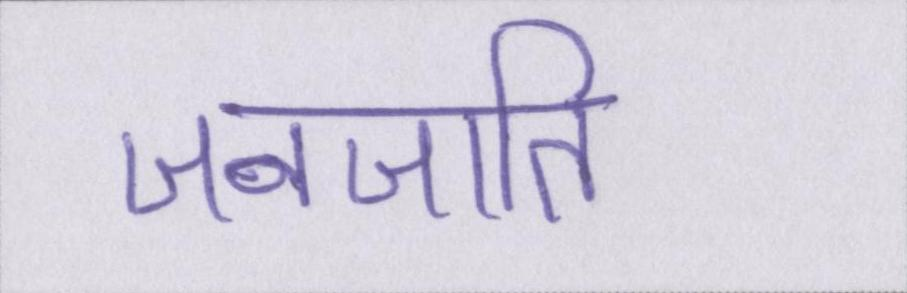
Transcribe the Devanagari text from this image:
जनजाति